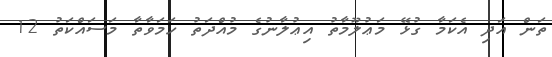
ތަން އަދި އެކަމާ ގުޅޭ މަޢުލޫމާތު އިޢުލާނުގެ މުއްދަތު ހަމަވާތާ މަސައްކަތު 12